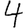
Digit: 4